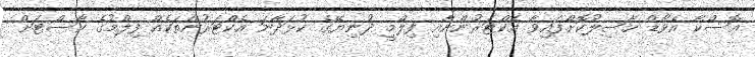
އޮސްކާ އެވޯޑް ހާސިލުކޮށްފައިވާ އެކްޓަރުންނާއި ފިލްމީ ދުނިޔޭގެ ކުޅަދާނަ އެކްޓަރުންތަކެއް ފިލްމުގެ ކާސްޓަށް